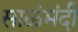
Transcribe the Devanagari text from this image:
साळंमंदी